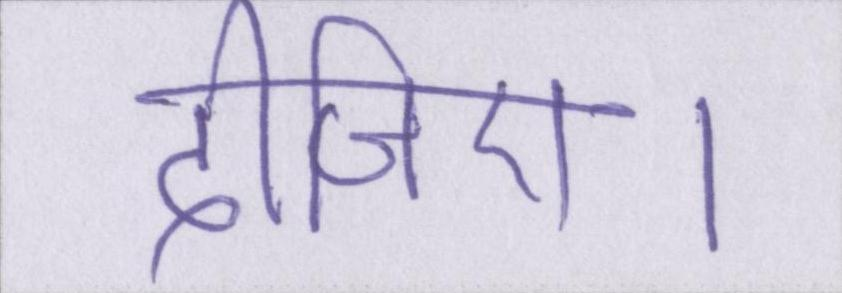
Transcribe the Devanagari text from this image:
दीजिए।